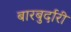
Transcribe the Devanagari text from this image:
बारबुर्दारी